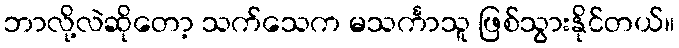
ဘာလို့လဲဆိုတော့ သက်သေက မသင်္ကာသူ ဖြစ်သွားနိုင်တယ်။